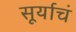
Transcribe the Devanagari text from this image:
सूर्याचं